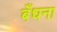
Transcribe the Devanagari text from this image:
बँधना